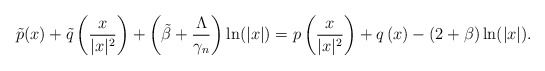
\begin{align*}\tilde{p}(x)+\tilde{q}\left(\frac{x}{|x|^2}\right)+\left(\tilde{\beta}+\frac{\Lambda}{\gamma_n}\right)\ln(|x|)=p\left(\frac{x}{|x|^2}\right)+q\left(x\right)-(2+\beta)\ln(|x|).\end{align*}